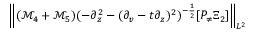
\left\| ( \mathcal { M } _ { 4 } + \mathcal { M } _ { 5 } ) ( - \partial _ { z } ^ { 2 } - ( \partial _ { v } - t \partial _ { z } ) ^ { 2 } ) ^ { - \frac 1 2 } [ P _ { \neq } \Xi _ { 2 } ] \right\| _ { L ^ { 2 } }